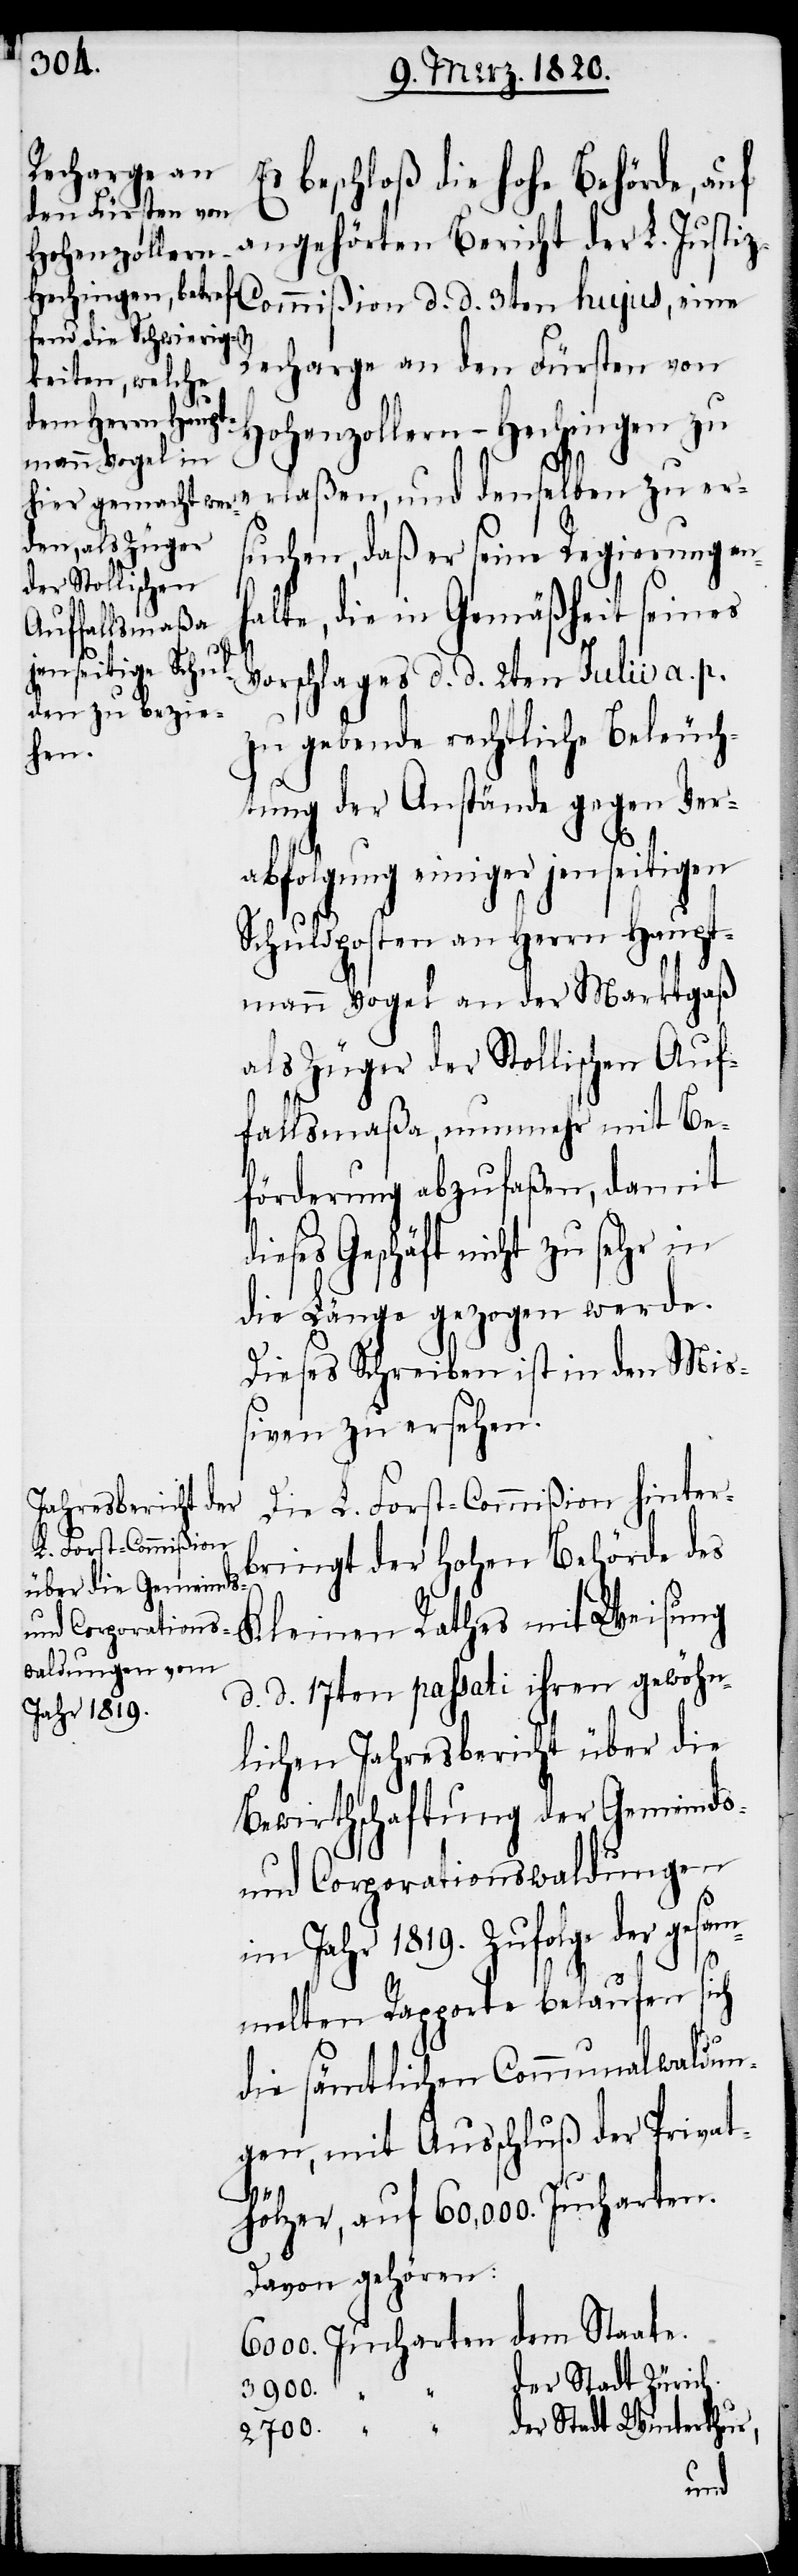
angehörten Bericht der L. Justi¬
z-Commißion d. d. 3ten hujus, eine
Recharge an den Fürsten von
Hohenzollern-Hechingen zu
erlaßen, und denselben zu er¬
suchen, daß er seine Regierung anh¬
alte, die in Gemäßheit seines
Vorschlages d. d. 2ten Julii a. p.
zu gebende rechtliche Beleuch¬
tung der Anstände gegen Ver¬
abfolgung einiger jenseitigen
Schuldposten an Herrn Haupt¬
mann Vogel an der Marktgaß
als Züger der Stollischen Auf¬
fallsmaßa, nunmehr mit Be¬
förderung abzufaßen, damit
dieses Geschäft nicht zu sehr in
die Länge gezogen werde.
Dieses Schreiben ist in den Mi¬
ßiven zu ersehen.
Die L. Forst-Commißion hinter¬
bringt der Hohen Behörde des
Kleinen Rathes mit Weisung
d. d. 17ten passati ihren gewöhn¬
lichen Jahresbericht über die
Bewirthschaftung der Gemeinds-
und Corporationswaldungen
im Jahr 1819. Zufolge der gesam¬
auf
melten Rapporte belaufen sich
die sämtlichen Communalwaldun¬
gen, mit Ausschluß der Privat¬
die
hölzer, auf 60,000. Jucharten.
Davon gehören:
6000. Jucharten dem Staate.
der Stadt Zürich.
3900.
„
der Stadt Winterthur,
2700.